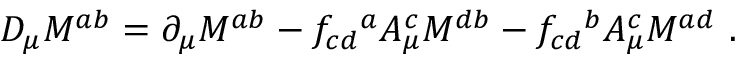
{ \cal D } _ { \mu } M ^ { a b } = \partial _ { \mu } M ^ { a b } - f _ { c d } { } ^ { a } A _ { \mu } ^ { c } M ^ { d b } - f _ { c d } { } ^ { b } A _ { \mu } ^ { c } M ^ { a d } \ .